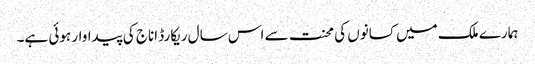
ہمارے ملک میں کسانوں کی محنت سے اس سال ریکارڈ اناج کی پیداوار ہوئی ہے۔